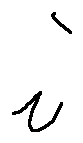
i